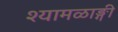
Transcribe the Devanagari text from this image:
श्यामळाङ्गी